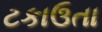
ટકાઉતા